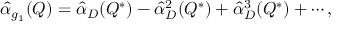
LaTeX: \widehat { \alpha } _ { g _ { 1 } } ( Q ) = \widehat { \alpha } _ { D } ( Q ^ { * } ) - \widehat { \alpha } _ { D } ^ { 2 } ( Q ^ { * } ) + \widehat { \alpha } _ { D } ^ { 3 } ( Q ^ { * } ) + \cdots ,